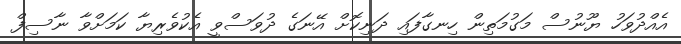
އެއްދުވަހު ޔޫނުސް މަގުމަތިން ހިނގާފައި ދަނިކޮށް އޭނަގެ ދުވަސްވީ އެކުވެރިޔާ ކަމަށްވާ ނާސިފް